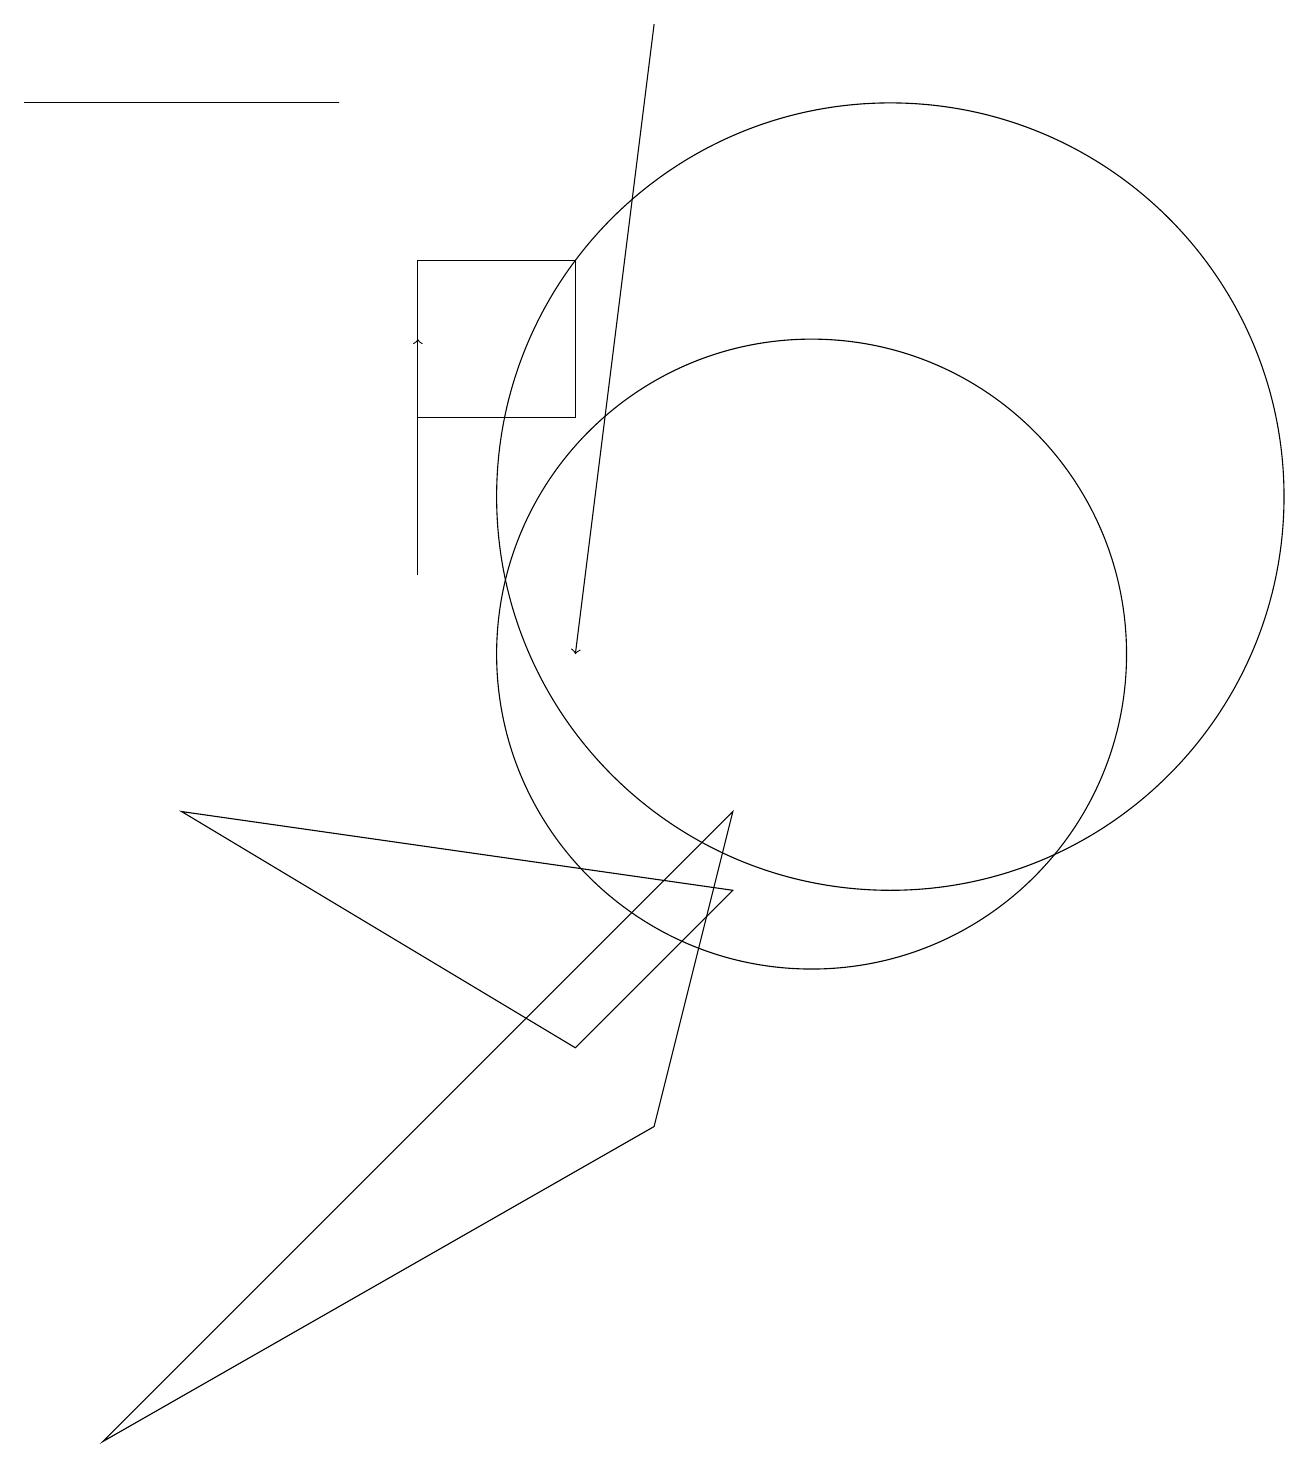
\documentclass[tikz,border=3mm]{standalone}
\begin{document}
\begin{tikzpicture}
\draw (7,15) rectangle (5,13);
\draw[->] (5,11) -- (5,14);
\draw[->] (8,18) -- (7,10);
\draw (8,4) -- (9,8) -- (1,0) -- cycle;
\draw (4,17) rectangle (0,17);
\draw (11,12) circle (5);
\draw (7,5) -- (9,7) -- (2,8) -- cycle;
\draw (10,10) circle (4);
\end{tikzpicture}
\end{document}